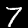
Label: 7